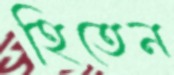
হিতেন